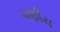
પાણીય